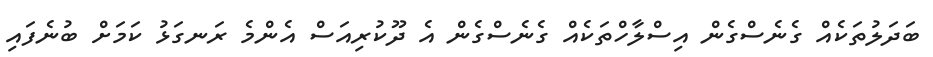
ބަދަލުތަކެއް ގެނެސްގެން އިސްލާހްތަކެއް ގެނެސްގެން އެ ދޫކުރިއަސް އެންމެ ރަނގަޅު ކަމަށް ބުނެފައި